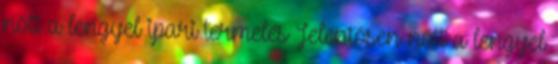
nőtt a lengyel ipari termelés Jelentősen nőtt a lengyel